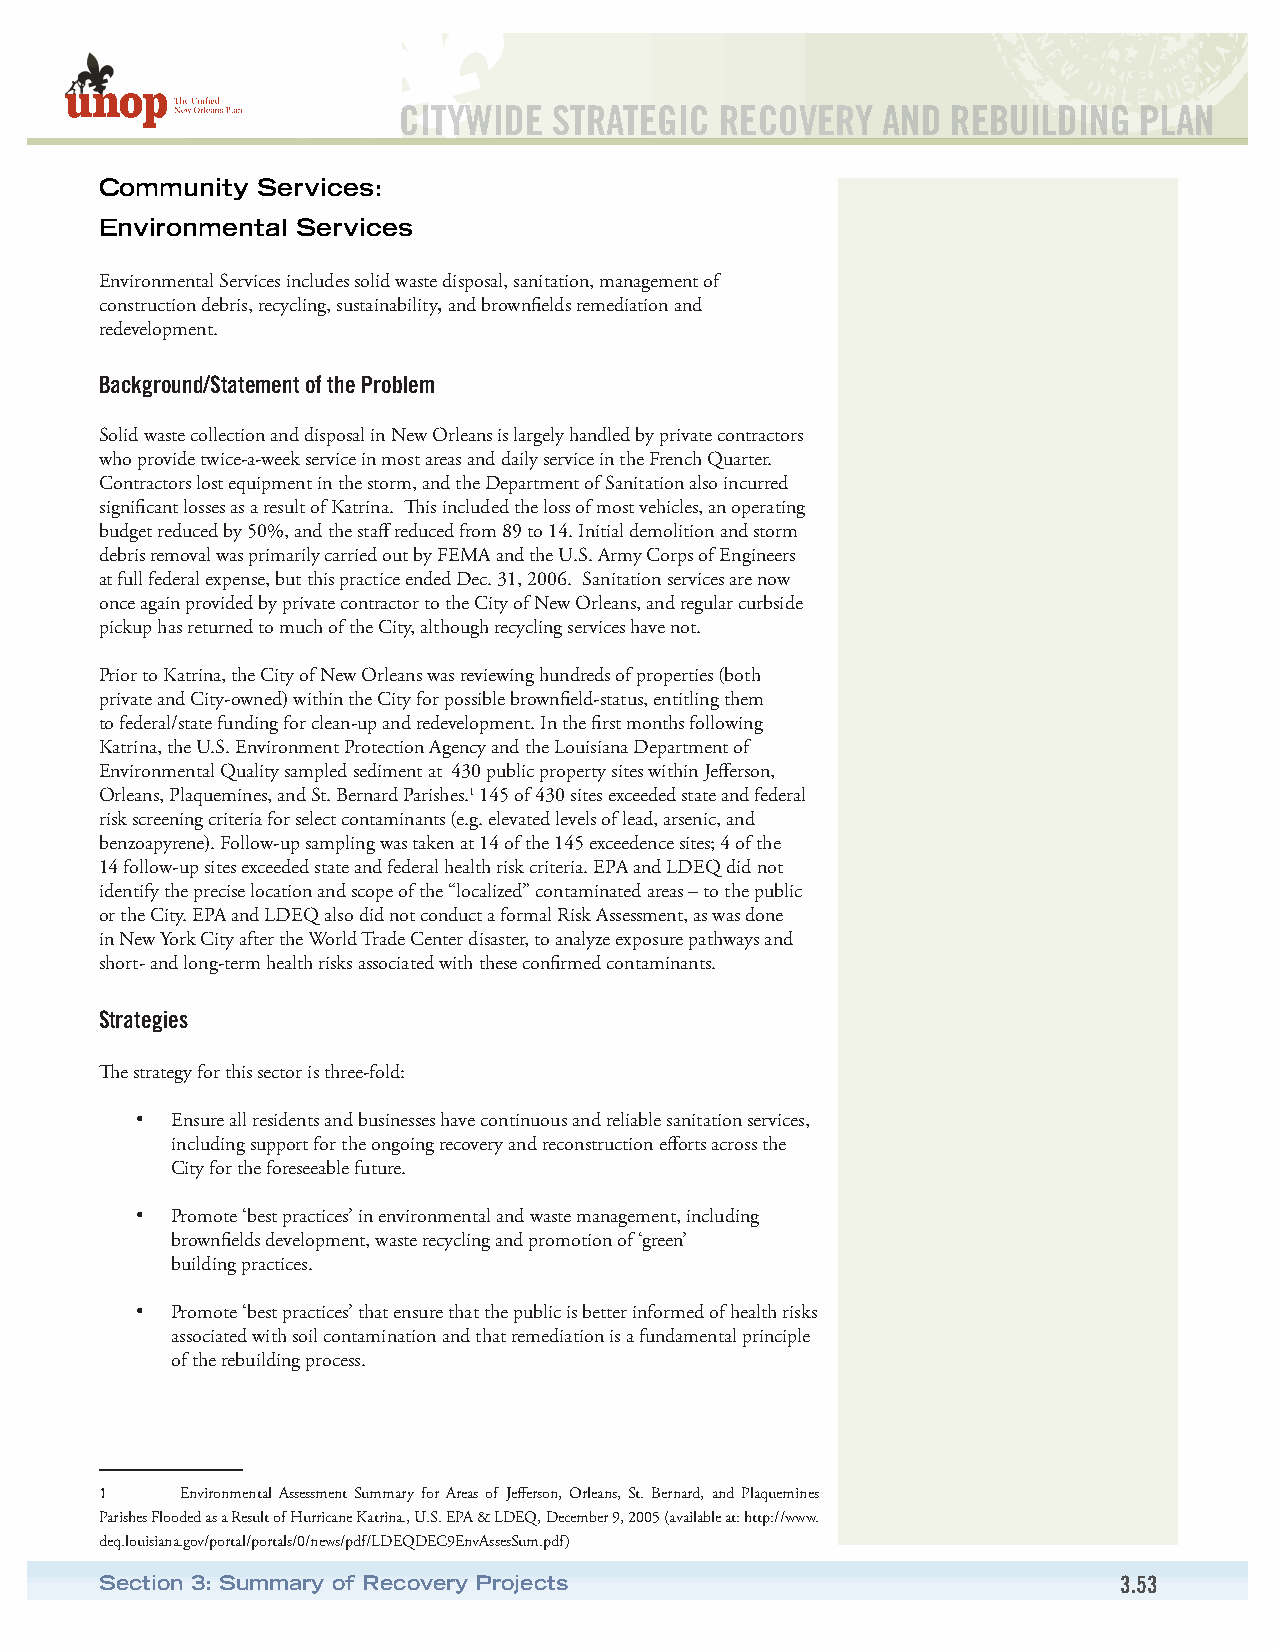
CITYWIDE   STRATEGIC  RECOVERY  AND  REBUILDING  PLAN
 Community Services:
 Environmental Services
 Environmental Services includes solid waste disposal, sanitation, management of
 construction debris, recycling, sustainability, and brownfields remediation and
 redevelopment.
 Background/Statement of the Problem
 Solid waste collection and disposal in New Orleans is largely handled by private contractors
 who provide twice-a-week service in most areas and daily service in the French Quarter.
 Contractors lost equipment in the storm, and the Department of Sanitation also incurred
 significant losses as a result of Katrina. This included the loss of most vehicles, an operating
 budget reduced by 50%, and the staff reduced from 89 to 14. Initial demolition and storm
 debris removal was primarily carried out by FEMA and the U.S. Army Corps of Engineers
 at full federal expense, but this practice ended Dec. 31, 2006. Sanitation services are now
 once again provided by private contractor to the City of New Orleans, and regular curbside
 pickup has returned to much of the City, although recycling services have not.
 Prior to Katrina, the City of New Orleans was reviewing hundreds of properties (both
 private and City-owned) within the City for possible brownfield-status, entitling them
 to federal/state funding for clean-up and redevelopment. In the first months following
 Katrina, the U.S. Environment Protection Agency and the Louisiana Department of
 Environmental Quality sampled sediment at 430 public property sites within Jefferson,
 Orleans, Plaquemines, and St. Bernard Parishes.1 145 of 430 sites exceeded state and federal
 risk screening criteria for select contaminants (e.g. elevated levels of lead, arsenic, and
 benzoapyrene). Follow-up sampling was taken at 14 of the 145 exceedence sites; 4 of the
 14 follow-up sites exceeded state and federal health risk criteria. EPA and LDEQ did not
 identify the precise location and scope of the “localized” contaminated areas – to the public
 or the City. EPA and LDEQ also did not conduct a formal Risk Assessment, as was done
 in New York City after the World Trade Center disaster, to analyze exposure pathways and
 short- and long-term health risks associated with these confirmed contaminants.
 Strategies
 The strategy for this sector is three-fold:
 • Ensure all residents and businesses have continuous and reliable sanitation services,
 including support for the ongoing recovery and reconstruction efforts across the
 City for the foreseeable future.
 • Promote ‘best practices’ in environmental and waste management, including
 brownfields development, waste recycling and promotion of ‘green’
 building practices.
 • Promote ‘best practices’ that ensure that the public is better informed of health risks
 associated with soil contamination and that remediation is a fundamental principle
 of the rebuilding process.
 1    Environmental Assessment Summary for Areas of Jefferson, Orleans, St. Bernard, and Plaquemines
 Parishes Flooded as a Result of Hurricane Katrina., U.S. EPA & LDEQ, December 9, 2005 (available at: http://www.
 deq.louisiana.gov/portal/portals/0/news/pdf/LDEQDEC9EnvAssesSum.pdf)
 Section 3: Summary of Recovery Projects                            3.53